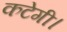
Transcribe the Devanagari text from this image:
कटेगी।